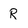
Character: R